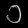
Digit: ၁